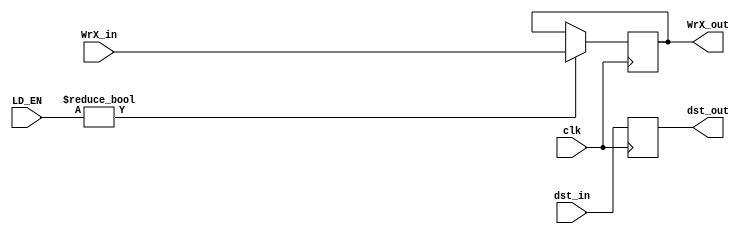
module WB_staging(input WrX_in,
                  input [3:0] dst_in,
                  input [3:0] LD_EN,
                  input clk,
                  output reg WrX_out,
                  output reg [3:0] dst_out);

    always@(posedge clk)
    begin
        if(LD_EN)
			WrX_out <= WrX_in;
			dst_out <= dst_in;
    end
    
endmodule